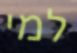
למי